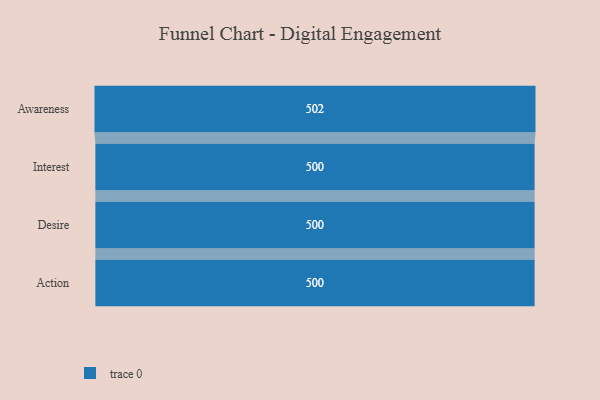
{"axis": {"x": "Stage", "y": "Value"}, "legend": [""], "data": [{"x": "Awareness", "y": 502.0, "type": ""}, {"x": "Interest", "y": 500, "type": ""}, {"x": "Desire", "y": 500, "type": ""}, {"x": "Action", "y": 500, "type": ""}]}